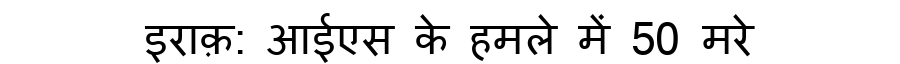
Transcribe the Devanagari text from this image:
इराक़: आईएस के हमले में 50 मरे